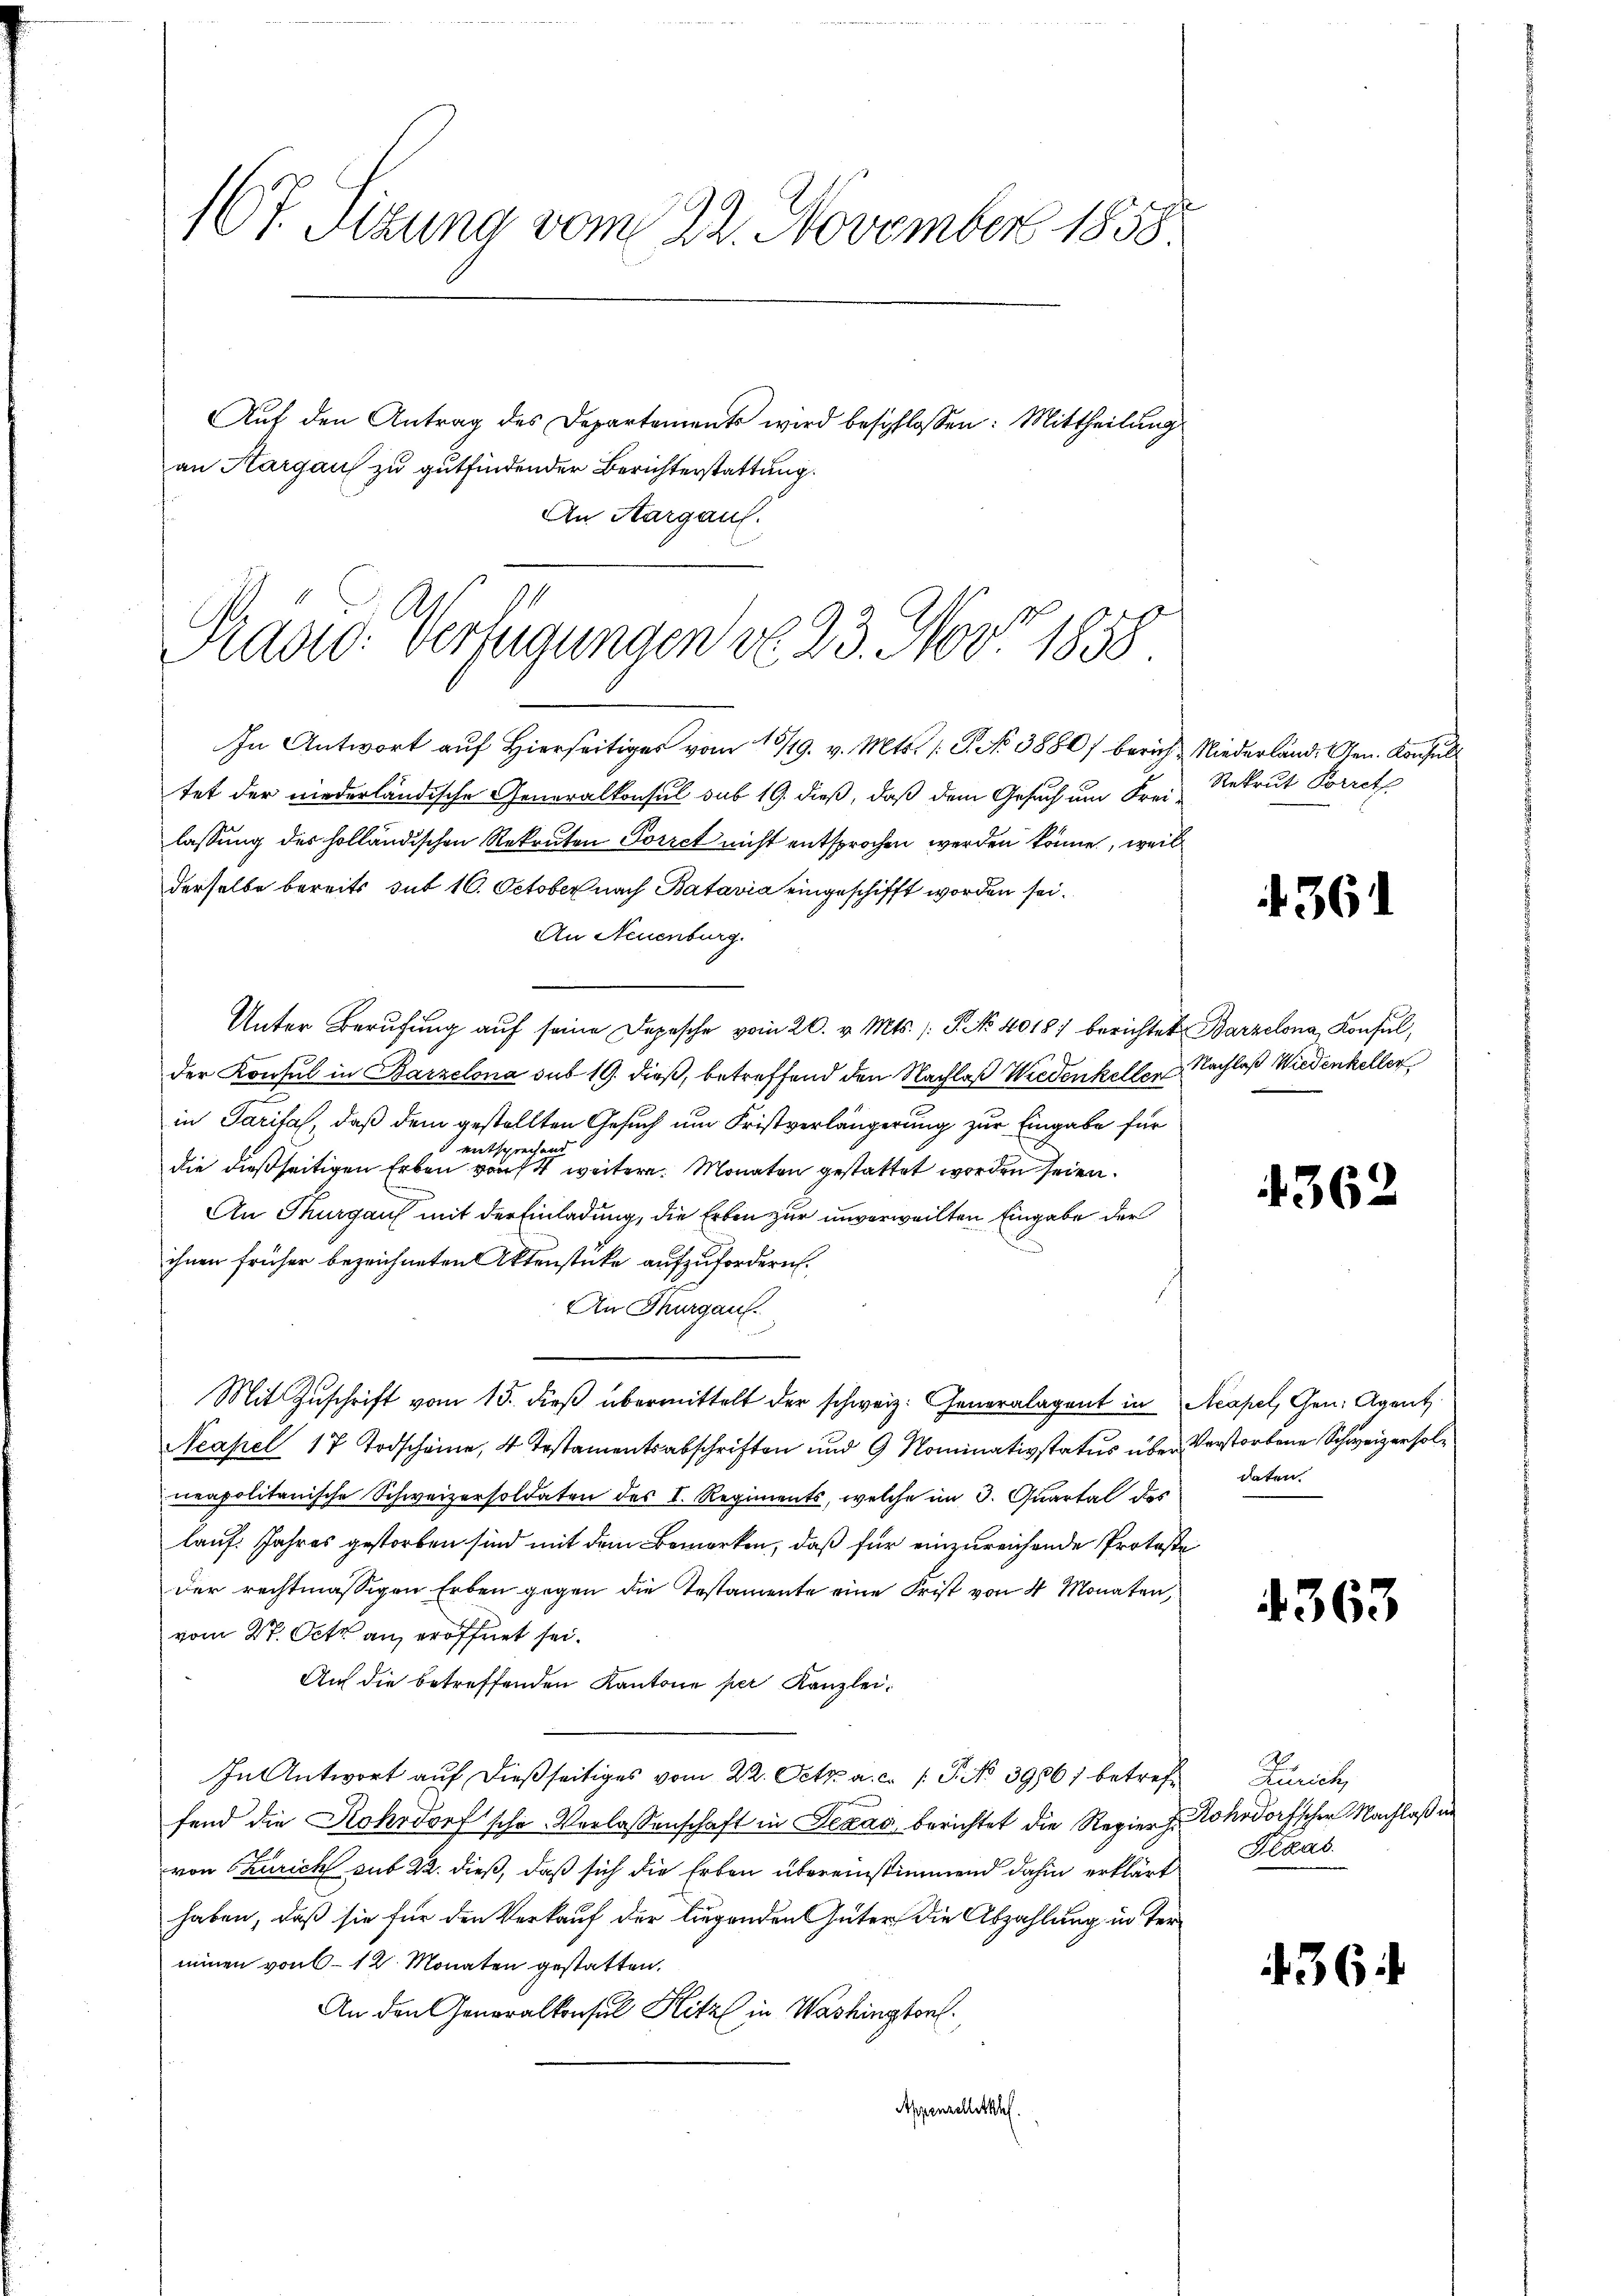
167. Sizung vom 22. November 1858
Auf den Antrag des Departements wird beschlossen: Mittheilung
an Aargau zu gutfindender Berichterstattung.

An Aargau.
In Antwort auf Hierseitiges vom 13/19. v. Mts. (: P. No 3880/ bericht Niederland. Gen. Konsul
tet der niederländische Generalkonsul sub 19. dieß, daß dem Gesuch um Frei Rekrut Porret
lassung des holländischen Rekruten Porret nicht entsprochen werden könne, weil
derselbe bereits mit 10. October nach Batavia eingeschifft worden sei.
An Neuenburg.
Unter Berufung aŭf seine Depesche vom 20. v. Mts. s. S. No. 4018) berichtet Barzelona, Konsul,
der Konsul in Barzelona sub 19. dieß, betreffend den Nachlaß Wiedenkellen
in Paritas, daß dem gestellten Gesuch um Fristverlängerung zur Eingabe für
 entsprechend
die dießseitigen Erben von 14 weitere. Monaten gestattet worden seien.
An Thurgauf mit der Einladung, die Erben zur unverweilten Eingabe der
ihnen früher bezeichneten Aktenstücke aufzufordern.
An Thurgau.
Mit Zŭschrift vom 15. dieβ übermittelt der schweiz. Generalagent in Acapel, Gen. Agent
Neapel 17 Todschaine, 4 Testamentsabschriften und 9 Nominativstatus über Verstorbene Schweizer solneapolitanische Schweizersoldaten des I. Regiments, welche im 3. Quartal des daten.
lauf: Jahres gestorben sind mit dem Bemerken, daß für einzureichende Proteste
der rechtmässigen Erben gegen die Testamente eine Frist von 4 Monaten,
vom 27. Octo an eröffnet sei.
Auf die betreffenden Kantone per Kanzlei¬
In Antwort auf dießseitiges vom 22. Oct. a. c. 1. P. No 39061 betreff Zürich,
fend die Rohrdorf sche Verlassenschaft in Texas berichtet die Regier hohdorfscher Nachlaß in
von Zürich sub 22. dieß, daß sich die Erben übereinstimmend dahin erklärt Pekas
haben, daß sie für den Verkauf der liegenden Güter die Abzahlung in Teriinen von 6 - 12. Monaten gestatten.
An den Generalkonsul Hitz in Washingtorf.
Appenzelletkhf.

Präsid. Verfügungen von 23. Nov. 1858.

361

Nachlaß Wiedenkeller

4362

4363

36